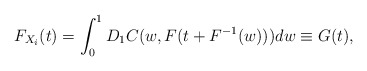
\begin{align*}F_{X_i}(t) = \int_{0}^{1}D_{1}C(w,F(t+F^{-1}(w)))dw \equiv G(t),\end{align*}